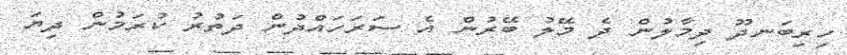
ހިރިބަނދޫ ދިމާލުން ދެ މޭލު ބޭރުން އެ ސަރަހައްދުން ދަތުރު ކުރަމުން ދިޔަ